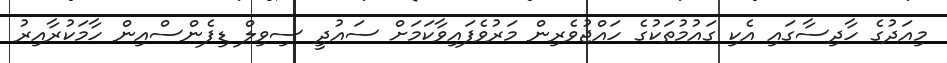
މިއަދުގެ ހާދިސާގައި އެކި ގައުމުތަކުގެ ހައްޖުވެރިން މަރުވެފައިވާކަމަށް ސައުދީ ސިވިލް ޑިފެންސްއިން ހާމަކުރާއިރު